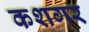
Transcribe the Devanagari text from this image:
कशगर